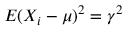
E ( X _ { i } - \mu ) ^ { 2 } = \gamma ^ { 2 }